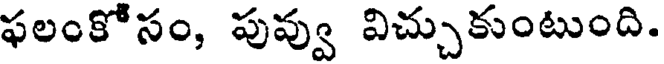
ఫలంకోసం, పువ్వు విచ్చుకుంటుంది.